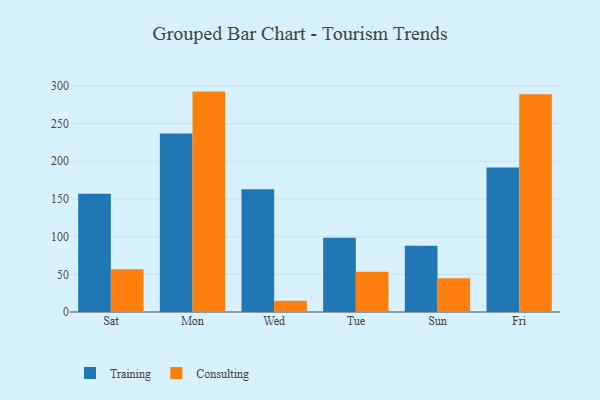
{"axis": {"x": "Day", "y": "Energy Usage (MWh)"}, "legend": ["Consulting", "Training"], "data": [{"x": "Sat", "y": 156.9, "type": "Training"}, {"x": "Sat", "y": 56.7, "type": "Consulting"}, {"x": "Mon", "y": 236.9, "type": "Training"}, {"x": "Mon", "y": 292.4, "type": "Consulting"}, {"x": "Wed", "y": 163.0, "type": "Training"}, {"x": "Wed", "y": 14.9, "type": "Consulting"}, {"x": "Tue", "y": 98.5, "type": "Training"}, {"x": "Tue", "y": 53.4, "type": "Consulting"}, {"x": "Sun", "y": 87.8, "type": "Training"}, {"x": "Sun", "y": 44.8, "type": "Consulting"}, {"x": "Fri", "y": 191.8, "type": "Training"}, {"x": "Fri", "y": 288.9, "type": "Consulting"}]}